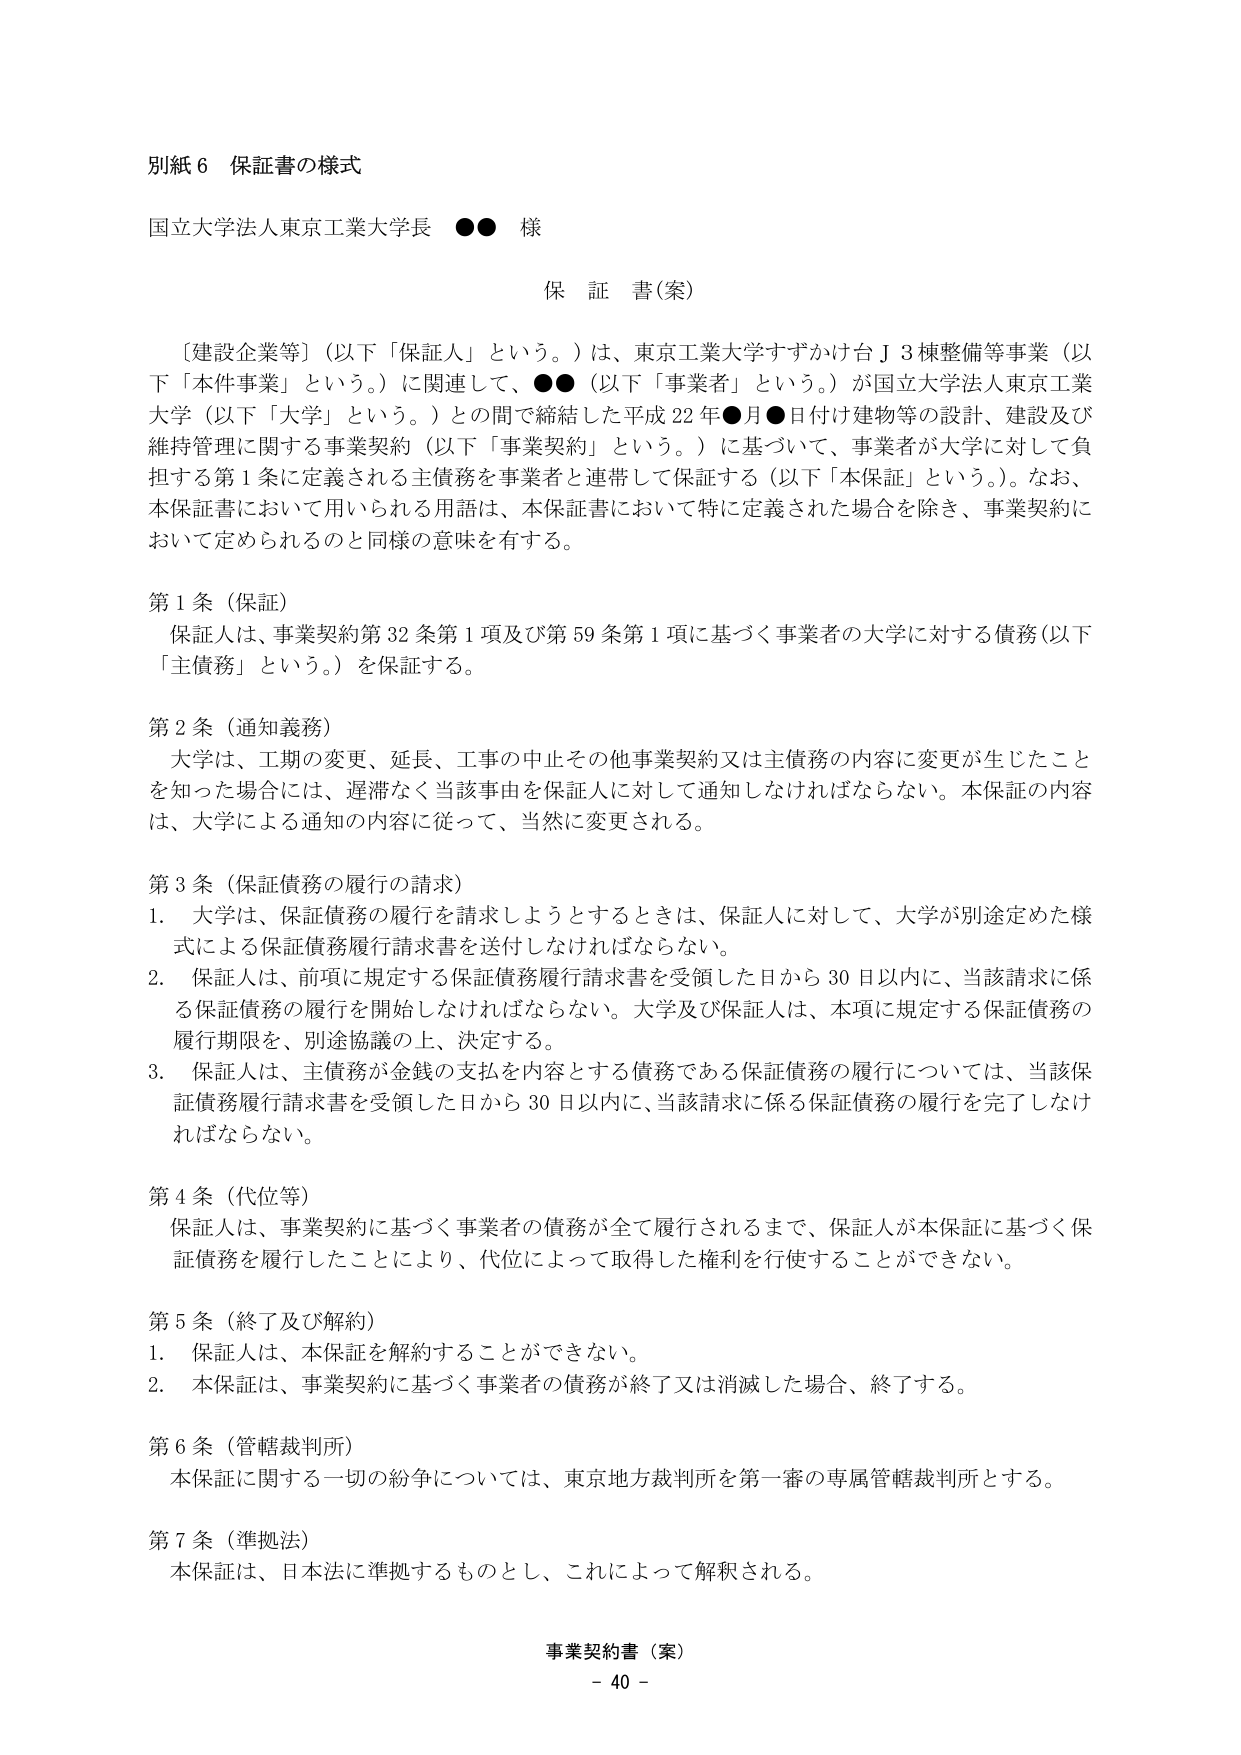
別紙６ 保証書の様式

国立大学法人東京工業大学長 ●● 様

保 証 書（案）

〔建設企業等〕（以下「保証人」という。）は、東京工業大学すずかけ台Ｊ３棟整備等事業（以下「本件事業」という。）に関連して、●●（以下「事業者」という。）が国立大学法人東京工業大学（以下「大学」という。）との間で締結した平成22年●月●日付け建物等の設計、建設及び維持管理に関する事業契約（以下「事業契約」という。）に基づいて、事業者が大学に対して負担する第1条に定義される主債務を事業者と連帯して保証する（以下「本保証」という。）。なお、本保証書において用いられる用語は、本保証書において特に定義された場合を除き、事業契約において定められるのと同様の意味を有する。

第1条（保証）
保証人は、事業契約第32条第1項及び第59条第1項に基づく事業者の大学に対する債務（以下「主債務」という。）を保証する。

第2条（通知義務）
大学は、工期の変更、延長、工事の中止その他事業契約又は主債務の内容に変更が生じたことを知った場合には、遅滞なく当該事由を保証人に対して通知しなければならない。本保証の内容は、大学による通知の内容に従って、当然に変更される。

第3条（保証債務の履行の請求）
1. 大学は、保証債務の履行を請求しようとするときは、保証人に対して、大学が別途定めた様式による保証債務履行請求書を送付しなければならない。
2. 保証人は、前項に規定する保証債務履行請求書を受領した日から30日以内に、当該請求に係る保証債務の履行を開始しなければならない。大学及び保証人は、本項に規定する保証債務の履行期限を、別途協議の上、決定する。
3. 保証人は、主債務が金銭の支払を内容とする債務である保証債務の履行については、当該保証債務履行請求書を受領した日から30日以内に、当該請求に係る保証債務の履行を完了しなければならない。

第4条（代位等）
保証人は、事業契約に基づく事業者の債務が全て履行されるまで、保証人が本保証に基づく保証債務を履行したことにより、代位によって取得した権利を行使することができない。

第5条（終了及び解約）
1. 保証人は、本保証を解約することができない。
2. 本保証は、事業契約に基づく事業者の債務が終了又は消滅した場合、終了する。

第6条（管轄裁判所）
本保証に関する一切の紛争については、東京地方裁判所を第一審の専属管轄裁判所とする。

第7条（準拠法）
本保証は、日本法に準拠するものとし、これによって解釈される。

事業契約書（案）
- 40 -